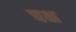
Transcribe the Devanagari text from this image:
चक्ष